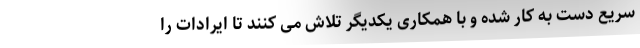
سریع دست به کار شده و با همکاری یکدیگر تلاش می کنند تا ایرادات را